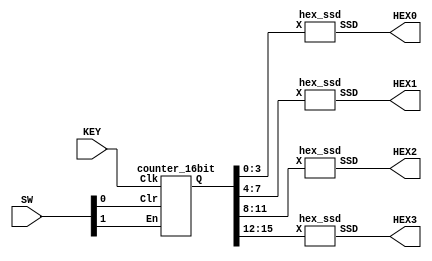
module part2 (SW, KEY, HEX3, HEX2, HEX1, HEX0);
  input [1:0] SW;
  input [0:0] KEY;
  output [6:0] HEX3, HEX2, HEX1, HEX0;

  wire [15:0] Q;

  counter_16bit C0 (SW[1], KEY[0], SW[0], Q);

  hex_ssd H0 (Q[3:0], HEX0);
  hex_ssd H1 (Q[7:4], HEX1);
  hex_ssd H2 (Q[11:8], HEX2);
  hex_ssd H3 (Q[15:12], HEX3);

endmodule


module counter_16bit (En, Clk, Clr, Q);
  input En, Clk, Clr;
  output [15:0] Q;

  wire [15:0] T, Qs;

  t_flipflop T0 (En, Clk, Clr, Qs[0]);
  assign T[0] = En & Qs[0];

  t_flipflop T1 (T[0], Clk, Clr, Qs[1]);
  assign T[1] = T[0] & Qs[1];

  t_flipflop T2 (T[1], Clk, Clr, Qs[2]);
  assign T[2] = T[1] & Qs[2];

  t_flipflop T3 (T[2], Clk, Clr, Qs[3]);
  assign T[3] = T[2] & Qs[3];

  t_flipflop T4 (T[3], Clk, Clr, Qs[4]);
  assign T[4] = T[3] & Qs[4];

  t_flipflop T5 (T[4], Clk, Clr, Qs[5]);
  assign T[5] = T[4] & Qs[5];

  t_flipflop T6 (T[5], Clk, Clr, Qs[6]);
  assign T[6] = T[5] & Qs[6];

  t_flipflop T7 (T[6], Clk, Clr, Qs[7]);
  assign T[7] = T[6] & Qs[7];

  t_flipflop T8 (T[7], Clk, Clr, Qs[8]);
  assign T[8] = T[7] & Qs[8];

  t_flipflop T9 (T[7], Clk, Clr, Qs[9]);
  assign T[9] = T[7] & Qs[9];

  t_flipflop T10 (T[9], Clk, Clr, Qs[10]);
  assign T[10] = T[9] & Qs[10];

  t_flipflop T11 (T[10], Clk, Clr, Qs[11]);
  assign T[11] = T[10] & Qs[11];

  t_flipflop T12 (T[11], Clk, Clr, Qs[12]);
  assign T[12] = T[11] & Qs[12];

  t_flipflop T13 (T[12], Clk, Clr, Qs[13]);
  assign T[13] = T[12] & Qs[13];

  t_flipflop T14 (T[13], Clk, Clr, Qs[14]);
  assign T[14] = T[13] & Qs[14];

  t_flipflop T15 (T[14], Clk, Clr, Qs[15]);
  assign T[15] = T[14] & Qs[15];

  assign Q = Qs;
endmodule

module t_flipflop (En, Clk, Clr, Q);
  input En, Clk, Clr;
  output reg Q;

  always @ (posedge Clk)
    if (Clr)
      Q <= 0;
    else if (En)
      Q <= Q + 1;

endmodule

module hex_ssd (X, SSD);
  input [3:0] X;
  output [6:0] SSD;

  assign SSD[0] = (~X[3] &  X[2] & ~X[1] & ~X[0]) | (~X[3] &  ~X[2] & ~X[1] & X[0]) ;
  assign SSD[1] = (~X[3] & X[2] & ~X[1] & X[0]) | (~X[3] & X[2] & X[1] & ~X[0]) | (X[3] & X[2] & ~X[1] & ~X[0]) | (X[3] & X[2] & X[1] & ~X[0]) | (X[3] & X[2] & X[1] & X[0]);
  assign SSD[2] =  (~X[3] & ~X[2] &  X[1] & ~X[0]) | (X[3] & X[2] & ~X[1] & ~X[0]) | (X[3] & X[2] & X[1] & ~X[0]) | (X[3] & X[2] & X[1] & X[0]);
  assign SSD[3] = (~X[3] & ~X[2] & ~X[1] &  X[0]) | (~X[3] &  X[2] & ~X[1] & ~X[0]) | (~X[3] &  X[2] & X[1] & X[0]) | (X[3] & ~X[2] & ~X[1] & X[0]) | (X[3] &  ~X[2] & X[1] & ~X[0]) | (X[3] & X[2] & X[1] & X[0]);
  assign SSD[4] = (X[3] & ~X[2] & ~X[1] &  X[0]) | (~X[3] & X[2] & X[1] &  X[0]) | (~X[3] & ~X[2] & ~X[1] &  X[0]) | (~X[3] & ~X[2] & X[1] & X[0]) | (~X[3] &  X[2] & ~X[1] & ~X[0]) | (~X[3] &  X[2] & ~X[1] & X[0]);
  assign SSD[5] = (~X[3] & ~X[2] & ~X[1] &  X[0]) | (~X[3] & ~X[2] &  X[1] & ~X[0]) | (~X[3] & ~X[2] & X[1] & X[0]) | (~X[3] & X[2] & X[1] & X[0]);
  assign SSD[6] = (~X[3] & ~X[2] & ~X[1] &  X[0]) | (~X[3] & ~X[2] & ~X[1] & ~X[0]) | (~X[3] &  X[2] & X[1] & X[0]) | (X[3] & X[2] & ~X[1] & ~X[0]) | (X[3] & X[2] & ~X[1] & X[0]);
endmodule